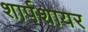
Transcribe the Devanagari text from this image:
शार्पशायर